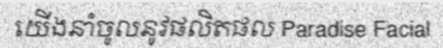
យើងនាំចូលនូវផលិតផល Paradise Facial